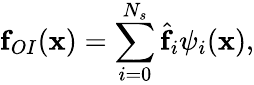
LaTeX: \mathbf{f}_{OI}(\mathbf{x})=\sum_{i=0}^{N_{s}}\hat{\mathbf{f}}_{i}{\psi}_{i}(\mathbf{x}),